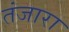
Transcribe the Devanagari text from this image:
तंजारा